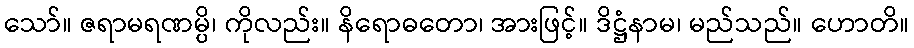
သော်။ ဇရာမရဏမ္ပိ၊ ကိုလည်း။ နိရောဓတော၊ အားဖြင့်။ ဒိဋ္ဌံနာမ၊ မည်သည်။ ဟောတိ။